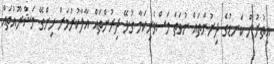
އިތުރުން ކަނޑުގެ ދިރުންތައް ނުވަތަ މަސްވެރިކަމާ ގުޅޭ ދިރުންތައް އާލާކުރުމަށް ހިންގޭ މަޝްރޫއުތައް